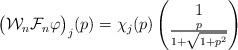
LaTeX: \begin{align*} \big(\mathcal{W}_{n} \mathcal{F}_{n}\varphi\big)_{j}(p)=\chi_{j}(p) \begin{pmatrix} 1 \\ \frac{p}{1+\sqrt{1+p^2}} \end{pmatrix} \end{align*}